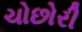
ચોછોરી